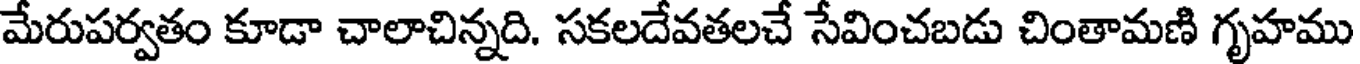
మేరుపర్వతం కూడా చాలాచిన్నది. సకలదేవతలచే సేవించబడు చింతామణి గృహము